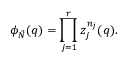
\phi _ { \vec { N } } ( q ) = \prod _ { j = 1 } ^ { r } z _ { j } ^ { n _ { j } } ( q ) .